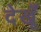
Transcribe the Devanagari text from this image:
देखूँ